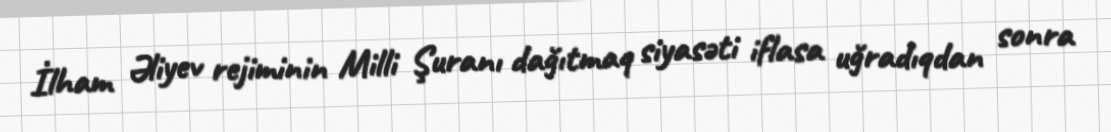
İlham Əliyev rejiminin Milli Şuranı dağıtmaq siyasəti iflasa uğradıqdan sonra